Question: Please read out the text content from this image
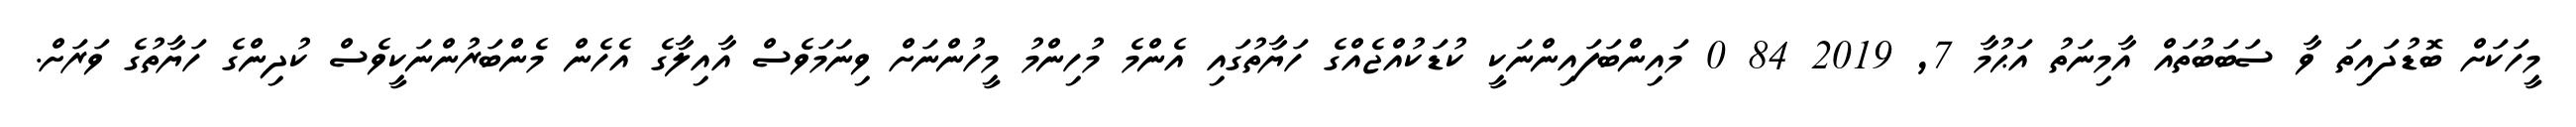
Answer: މީހަކަށް ބޮޑުދައިތަ ވާ ސަބަބުތައް އާމިނަތު އަޙުމާ 7, 2019 84 0 މައިންބަފައިންނަކީ ކުޑަކުއްޖެއްގެ ހަޔާތުގައި އެންމެ މުހިންމު މީހުންނަށް ވިނަމަވެސް އާއިލާގެ އެހެން މެންބަރުންނަކީވެސް ކުދިންގެ ހަޔާތުގެ ވަރަށް.